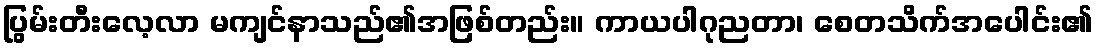
ပြွမ်းတီးလေ့လာ မကျင်နာသည်၏အဖြစ်တည်း။ ကာယပါဂုညတာ၊ စေတသိက်အပေါင်း၏